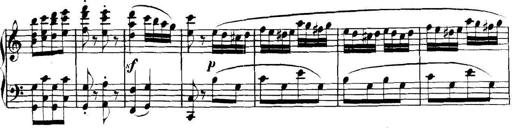
Title: Collected Piano Sonatas
Composer: Muzio Clementi